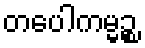
တပေါကမ္မဉ္စ